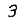
Digit: 3